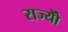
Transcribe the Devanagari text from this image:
राज्योें